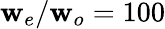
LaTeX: {\mathbf{w}_{e}/\mathbf{w}_{o}=100}